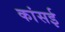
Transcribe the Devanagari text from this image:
कांसई